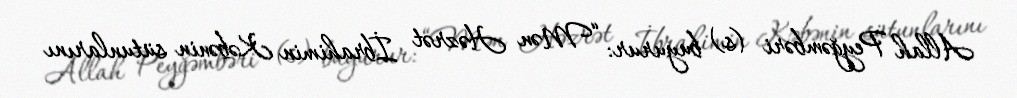
Allah Peyğəmbəri (s) buyurur: “Mən Həzrət İbrahimin Kəbənin sütunlarını